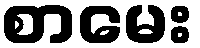
စာမေး